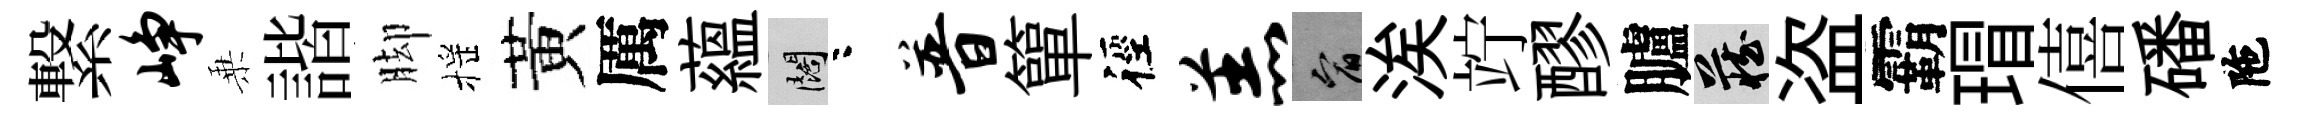
繋峥乗諧脚摇黃厲蘊闊咯普簞徑羔宥涘竚醪臚藏盗霸瑁僖磻陁